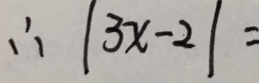
\therefore \vert 3 x - 2 \vert =